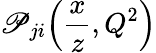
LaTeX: \mathscr{P}_{ji}\! \left({\frac{{x}}{{z}}},Q^{2}\right)